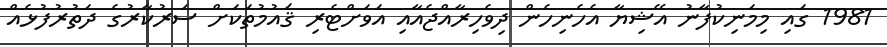
1981 ގައި މިމަނިކުފާނު އޭޝިޔާ އެހެނިހެން ދިވެހިރާއްޖެއާއި އަވަށްޓެރި ޤައުމުތަކަށް ސަރުކާރުގެ ދަތުރުފުޅެއް